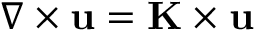
\nabla \times \mathbf { u } = \mathbf { K } \times \mathbf { u }